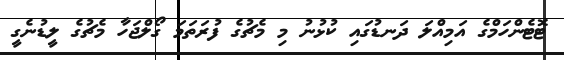
ޓޮޓެންހަމްގެ އަމިއްލަ ދަނޑުގައި ކުޅުނު މި މެޗުގެ ފުރަތަމަ ގޯލްޖަހާ މެޗުގެ ލީޑުނެގީ